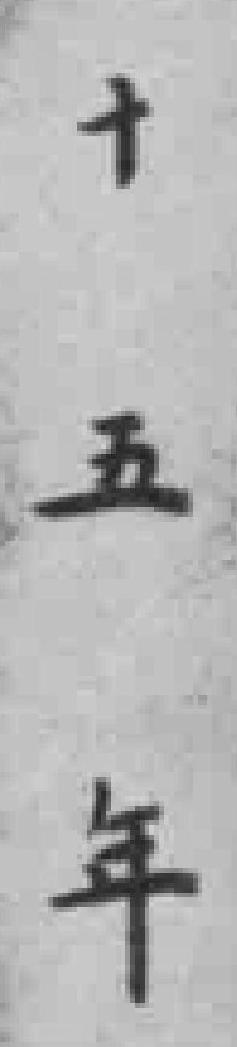
十五年